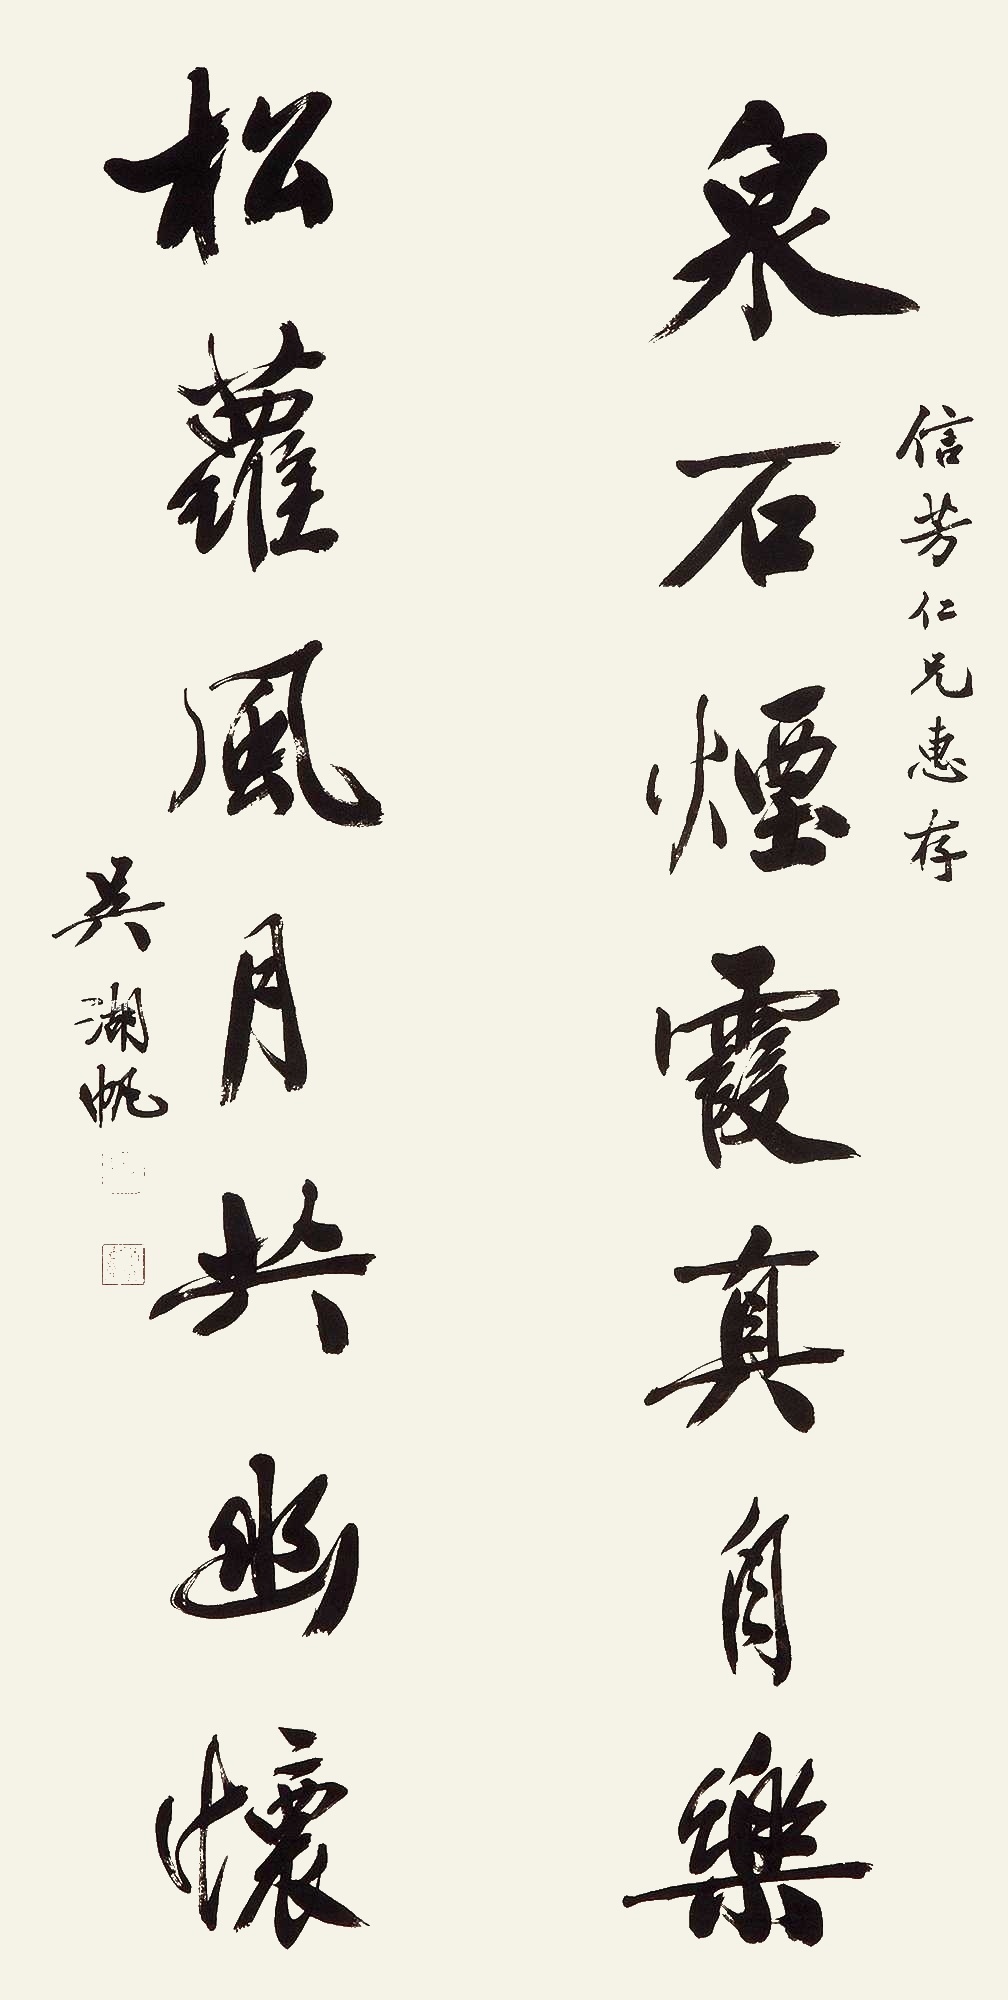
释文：泉石烟霞真自乐，松萝风月共幽怀。信芳仁兄惠存，吴湖帆。